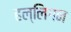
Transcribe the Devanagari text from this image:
हल्लिगन